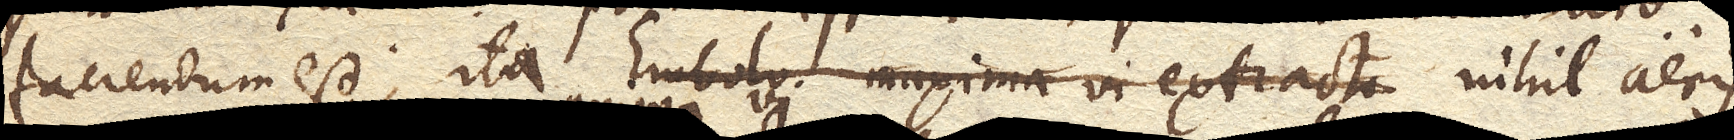
faciendum est; ita nihil aeris